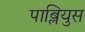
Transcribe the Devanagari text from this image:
पाब्लियुस